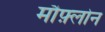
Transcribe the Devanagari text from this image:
मौफ़्लोन